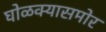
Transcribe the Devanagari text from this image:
घोळक्यासमोर